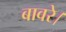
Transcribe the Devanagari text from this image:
बावरे।